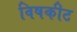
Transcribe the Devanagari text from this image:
विषकीट